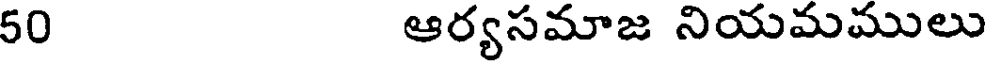
50 ఆర్యసమాజ నియమములు